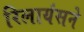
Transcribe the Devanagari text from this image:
रिलायंसने